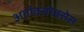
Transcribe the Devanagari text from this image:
अर्ताक्सरेक्सेस